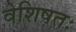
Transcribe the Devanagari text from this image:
वेशिषतः